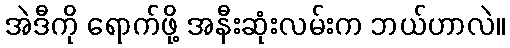
အဲဒီကို ရောက်ဖို့ အနီးဆုံးလမ်းက ဘယ်ဟာလဲ။